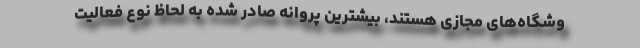
وشگاه‌های مجازی هستند، بیشترین پروانه صادر شده به لحاظ نوع فعالیت